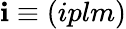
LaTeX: \mathbf{i}\equiv(iplm)